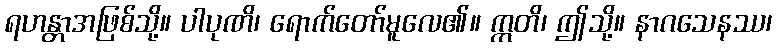
ရဟန္တာအဖြစ်သို့။ ပါပုဏိ၊ ရောက်တော်မူလေ၏။ ဣတိ၊ ဤသို့။ နာဂသေနဿ၊